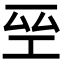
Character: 𭎆